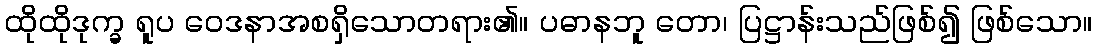
ထိုထိုဒုက္ခ ရူပ ဝေဒနာအစရှိသောတရား၏။ ပဓာနဘူ တော၊ ပြဋ္ဌာန်းသည်ဖြစ်၍ ဖြစ်သော။